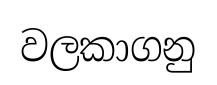
වලකාගනු